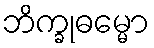
ဘိက္ခုဓမ္မော